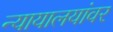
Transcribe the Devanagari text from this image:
न्यायालयांवर